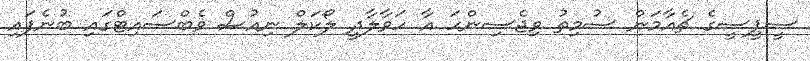
ސީޕީސީގެ ޗެއާމަން ސުމިތު ވިޖެސިންހަ އާ ހަވާލާދީ ލޯކަލް ނިއުސް ވެބްސައިޓްގައި ބުނެފައި